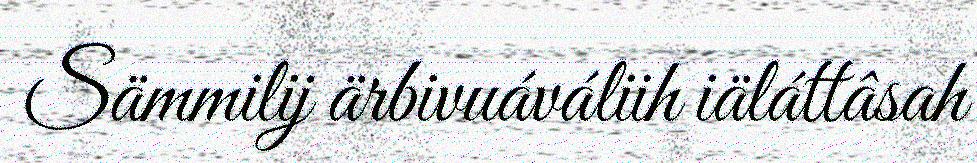
Sämmilij ärbivuáváliih iäláttâsah